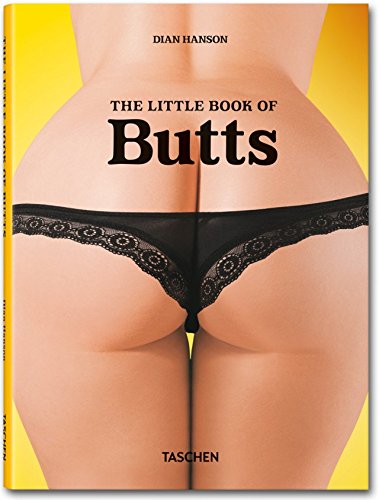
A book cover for The Little Book of Butts; Arts & Photography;